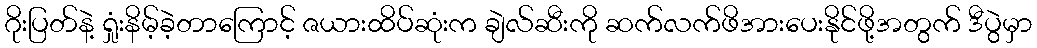
ဂိုးပြတ်နဲ့ ရှုံးနိမ့်ခဲ့တာကြောင့် ဇယားထိပ်ဆုံးက ချဲလ်ဆီးကို ဆက်လက်ဖိအားပေးနိုင်ဖို့အတွက် ဒီပွဲမှာ